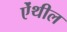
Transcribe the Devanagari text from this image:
ऐंथील